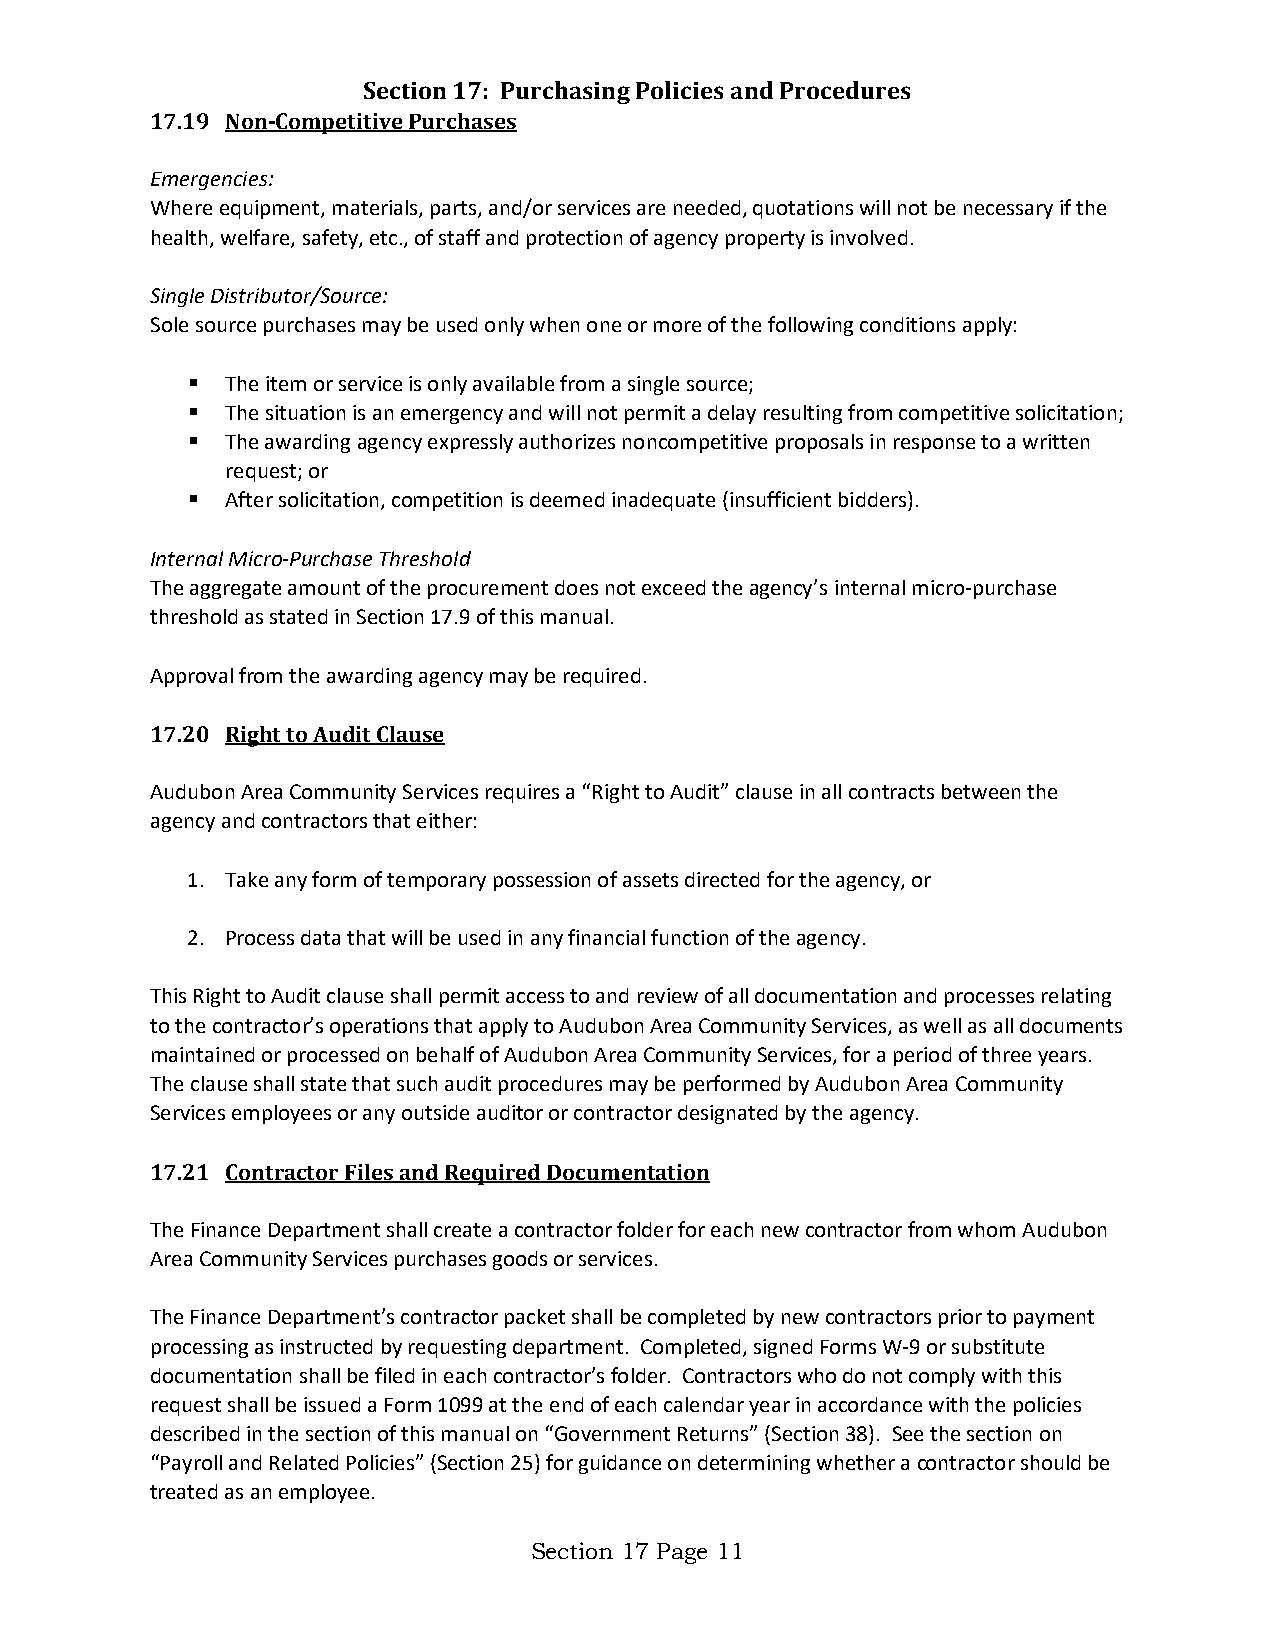
Section 17: Purchasing Policies and Procedures
 17.19 Non-Competitive Purchases
 Emergencies:
 Where equipment, materials, parts, and/or services are needed, quotations will not be necessary if the
 health, welfare, safety, etc., of staff and protection of agency property is involved.
 Single Distributor/Source:
 Sole source purchases may be used only when one or more of the following conditions apply:
   The item or service is only available from a single source;
   The situation is an emergency and will not permit a delay resulting from competitive solicitation;
   The awarding agency expressly authorizes noncompetitive proposals in response to a written
 request; or
   After solicitation, competition is deemed inadequate (insufficient bidders).
 Internal Micro-Purchase Threshold
 The aggregate amount of the procurement does not exceed the agency’s internal micro-purchase
 threshold as stated in Section 17.9 of this manual.
 Approval from the awarding agency may be required.
 17.20 Right to Audit Clause
 Audubon Area Community Services requires a “Right to Audit” clause in all contracts between the
 agency and contractors that either:
 1. Take any form of temporary possession of assets directed for the agency, or
 2. Process data that will be used in any financial function of the agency.
 This Right to Audit clause shall permit access to and review of all documentation and processes relating
 to the contractor’s operations that apply to Audubon Area Community Services, as well as all documents
 maintained or processed on behalf of Audubon Area Community Services, for a period of three years.
 The clause shall state that such audit procedures may be performed by Audubon Area Community
 Services employees or any outside auditor or contractor designated by the agency.
 17.21 Contractor Files and Required Documentation
 The Finance Department shall create a contractor folder for each new contractor from whom Audubon
 Area Community Services purchases goods or services.
 The Finance Department’s contractor packet shall be completed by new contractors prior to payment
 processing as instructed by requesting department. Completed, signed Forms W-9 or substitute
 documentation shall be filed in each contractor’s folder. Contractors who do not comply with this
 request shall be issued a Form 1099 at the end of each calendar year in accordance with the policies
 described in the section of this manual on “Government Returns” (Section 38). See the section on
 “Payroll and Related Policies” (Section 25) for guidance on determining whether a contractor should be
 treated as an employee.
 Section 17 Page 11